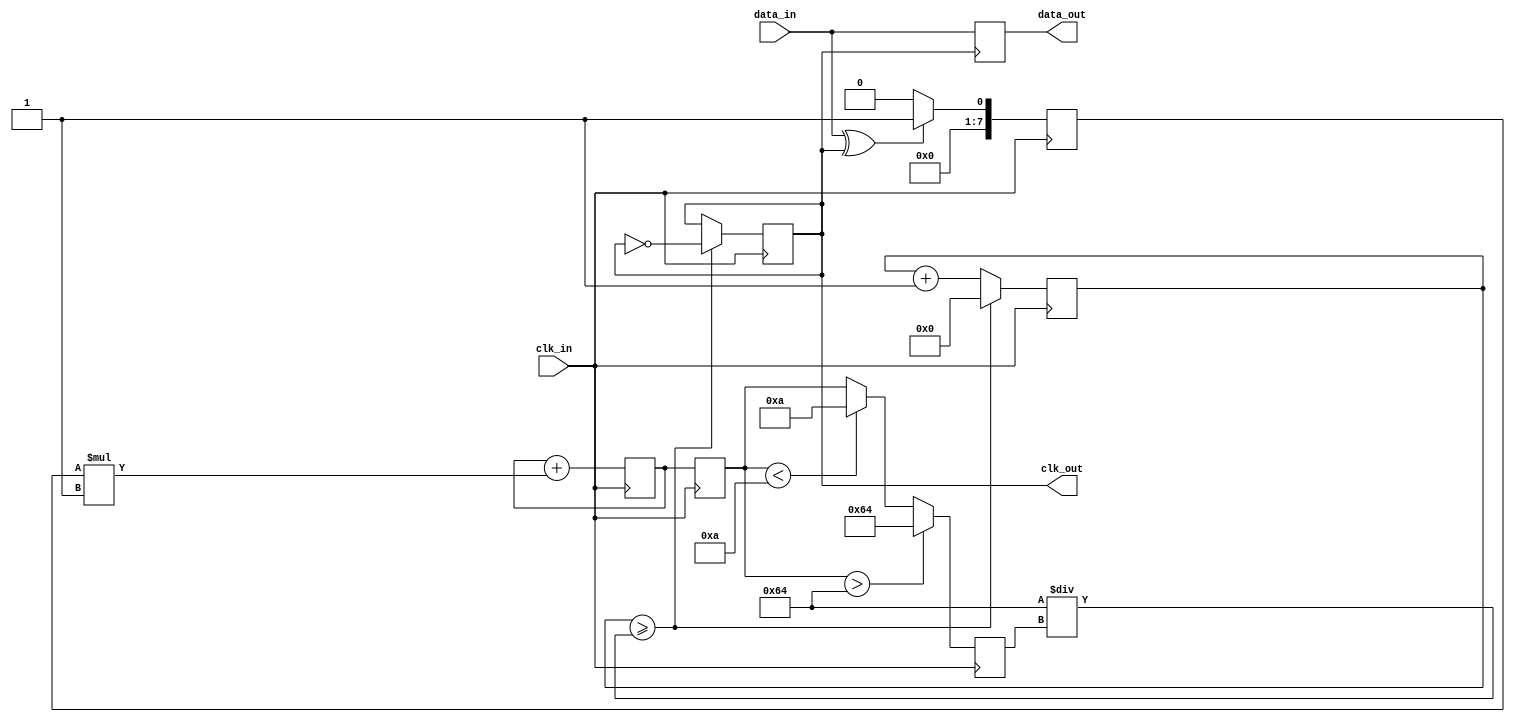
module pll_synchronizer (
    input wire clk_in,          // Incoming data clock
    input wire data_in,         // Incoming data signal
    output reg clk_out,         // Output clock for data sampling
    output reg data_out         // Synchronized data output
);

    // Parameters for VCO and loop filter
    parameter VCO_MAX_FREQ = 100; // Maximum frequency for VCO
    parameter VCO_MIN_FREQ = 10;   // Minimum frequency for VCO
    parameter LOOP_FILTER_GAIN = 1; // Gain for loop filter

    // Internal signals
    reg [7:0] phase_error;         // Phase error signal
    reg [7:0] control_voltage;      // Control voltage for VCO
    reg [7:0] vco_frequency;        // Current frequency of VCO
    reg [7:0] vco_counter;          // Counter for VCO clock generation
    reg [7:0] loop_filter;          // Loop filter output

    // Phase Detector: Simple XOR for phase comparison
    always @(posedge clk_in) begin
        phase_error <= (data_in ^ clk_out) ? 1 : 0; // Phase error signal
    end

    // Loop Filter: Simple integrator
    always @(posedge clk_in) begin
        loop_filter <= loop_filter + (phase_error * LOOP_FILTER_GAIN);
        control_voltage <= loop_filter;
    end

    // Voltage-Controlled Oscillator (VCO)
    always @(posedge clk_in) begin
        if (control_voltage > VCO_MAX_FREQ) begin
            vco_frequency <= VCO_MAX_FREQ;
        end else if (control_voltage < VCO_MIN_FREQ) begin
            vco_frequency <= VCO_MIN_FREQ;
        end else begin
            vco_frequency <= control_voltage;
        end
    end

    // Generate VCO clock based on frequency
    always @(posedge clk_in) begin
        if (vco_counter >= (100 / vco_frequency)) begin
            clk_out <= ~clk_out; // Toggle output clock
            vco_counter <= 0;
        end else begin
            vco_counter <= vco_counter + 1;
        end
    end

    // Data Synchronizer: Capture data on VCO clock edge
    always @(posedge clk_out) begin
        data_out <= data_in; // Sample incoming data
    end

endmodule